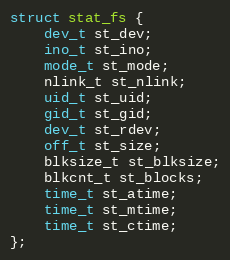
Language: C
struct stat_fs {
    dev_t st_dev;
    ino_t st_ino;
    mode_t st_mode;
    nlink_t st_nlink;
    uid_t st_uid;
    gid_t st_gid;
    dev_t st_rdev;
    off_t st_size;
    blksize_t st_blksize;
    blkcnt_t st_blocks;
    time_t st_atime;
    time_t st_mtime;
    time_t st_ctime;
};